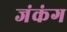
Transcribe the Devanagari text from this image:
जंकंग